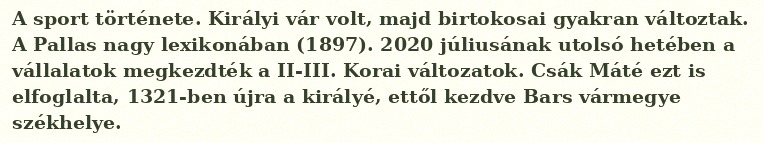
A sport története. Királyi vár volt, majd birtokosai gyakran változtak. A Pallas nagy lexikonában (1897). 2020 júliusának utolsó hetében a vállalatok megkezdték a II-III. Korai változatok. Csák Máté ezt is elfoglalta, 1321-ben újra a királyé, ettől kezdve Bars vármegye székhelye.